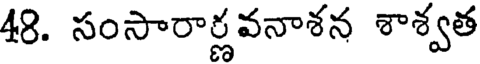
48. సంసారార్ణవనాశన శాశ్వత